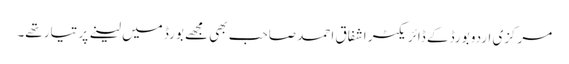
مرکزی اردو بورڈ کے ڈائریکٹر اشفاق احمد صاحب بھی مجھے بورڈ میں لینے پر تیار تھے۔